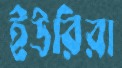
ইউরিরা